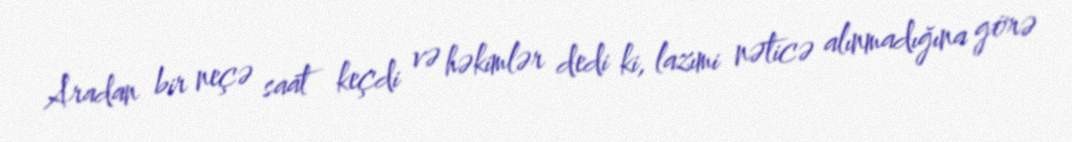
Aradan bir neçə saat keçdi və həkimlər dedi ki, lazımi nəticə alınmadığına görə